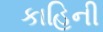
કાહિની